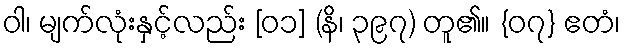
ဝါ၊ မျက်လုံးနှင့်လည်း [၀၁] (နိ၊ ၃၉၇) တူ၏။ {၀၇} ဧတံ၊